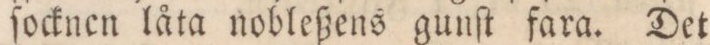
ſocknen låta nobleßens gunſt fara. Det